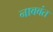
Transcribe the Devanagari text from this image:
नाववंत